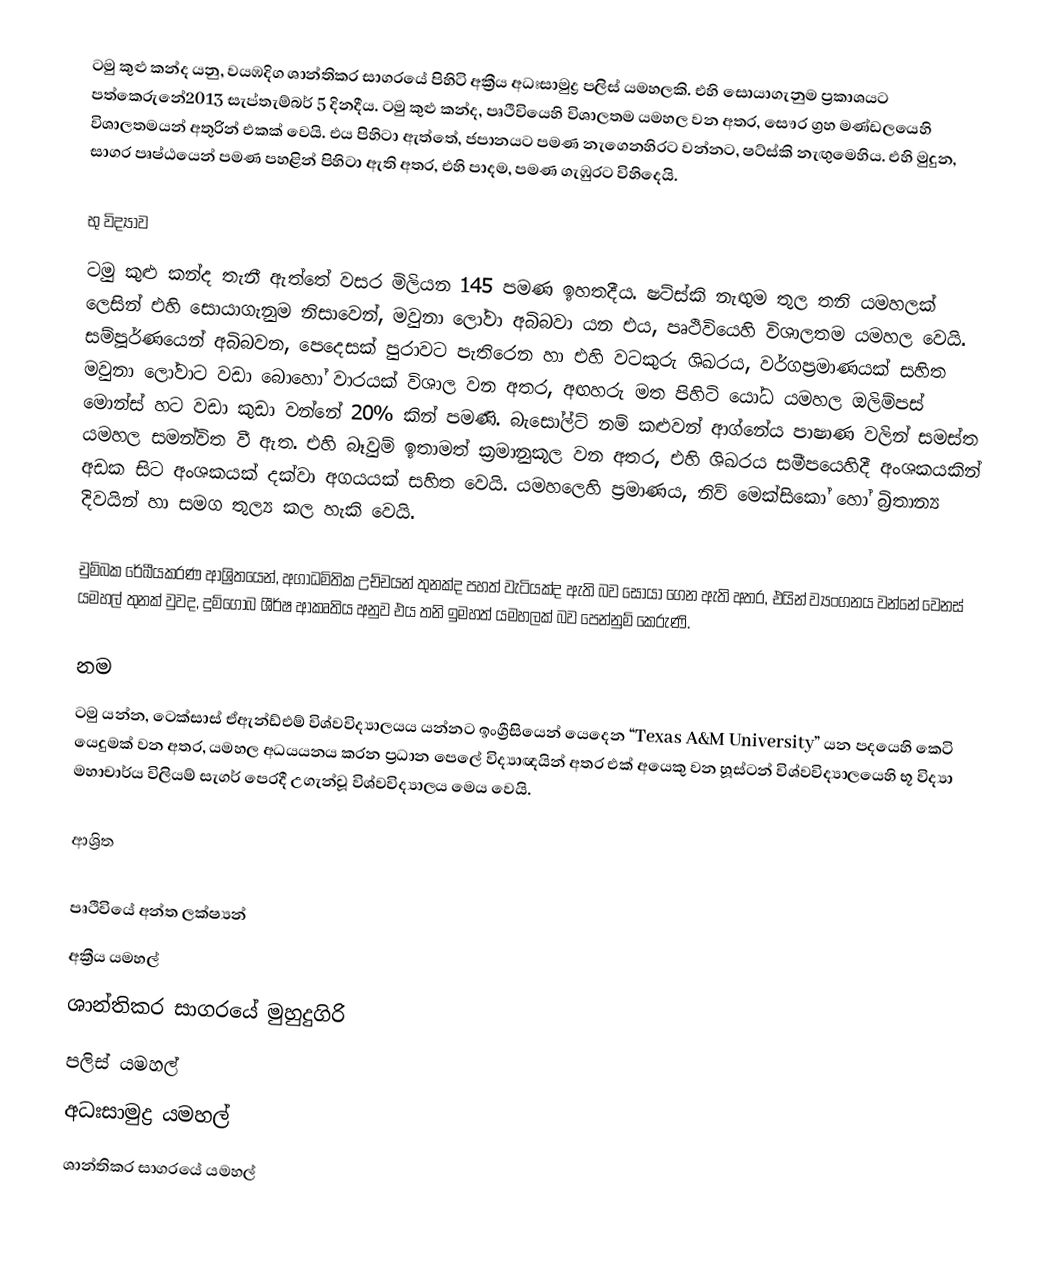
ටමු කුළු කන්ද යනු, වයඹදිග ශාන්තිකර සාගරයේ පිහිටි අක්‍රීය අධඃසාමුද්‍ර  පලිස් යමහලකි.  එහි සොයාගැනුම ප්‍රකාශයට පත්කෙරුනේ2013 සැප්තැම්බර් 5 දිනදීය. ටමු කුළු කන්ද, පෘථිවියෙහි විශාලතම යමහල වන අතර, සෞර ග්‍රහ මණ්ඩලයෙහි විශාලතමයන් අතුරින් එකක් වෙයි.  එය පිහිටා ඇත්තේ,  ජපානයට   පමණ නැගෙනහිරට වන්නට,    ෂට්ස්කි නැඟුමෙහිය. එහි මුදුන, සාගර පෘෂ්ඨයෙන්   පමණ පහළින් පිහිටා ඇති අතර, එහි පාදම,    පමණ ගැඹුරට විහිදෙයි.

භු විද්‍යාව
ටමු කුළු කන්ද තැනී ඇත්තේ වසර මිලියන 145 පමණ ඉහතදීය. ෂට්ස්කි නැඟුම තුල තනි යමහලක් ලෙසින් එහි සොයාගැනුම  නිසාවෙන්,  මවුනා ලෝවා අබිබවා යන එය, පෘථිවියෙහි විශාලතම යමහල වෙයි. සම්පූර්ණයෙන්  අබිබවන,  පෙදෙසක් පුරාවට පැතිරෙන හා එහි  වටකුරු ශිඛරය,   වර්ගප්‍රමාණයක් සහිත මවුනා ලෝවාට වඩා බොහෝ වාරයක් විශාල වන අතර, අඟහරු මත පිහිටි යෝධ යමහල ඔලිම්පස් මොන්ස් හට වඩා කුඩා වන්නේ 20% කින් පමණි. බැසෝල්ට් නම් කළුවන් ආග්නේය පාෂාණ වලින් සමස්ත යමහල සමන්විත වී ඇත. එහි බෑවුම් ඉතාමත් ක්‍රමානුකූල වන අතර,  එහි ශිඛරය සමීපයෙහිදී අංශකයකින් අඩක සිට අංශකයක් දක්වා අගයයක් සහිත වෙයි. යමහලෙහි ප්‍රමාණය,  නිව් මෙක්සිකෝ හෝ බ්‍රිතාන්‍ය දිවයින් හා සමග තුල්‍ය කල හැකි වෙයි.

චුම්බක රේඛීයකරණ ආශ්‍රිතයෙන්, අගාධමිතික උච්චයන් තුනක්ද පහත් වැටියක්ද ඇති බව සොයා ගෙන ඇති අතර, එයින් ව්‍යංගනය වන්නේ වෙනස් යමහල් තුනක් වුවද, දුම්ගොබ ශීර්ෂ ආකෘතිය අනුව එය තනි ඉමහත් යමහලක් බව පෙන්නුම් කෙරුණි.

නම
ටමු යන්න,  ටෙක්සාස් ඒඇන්ඩ්එම් විශ්වවිද්‍යාලයය යන්නට ඉංග්‍රීසියෙන් යෙදෙන “Texas A&M University” යන පදයෙහි කෙටි යෙදුමක්  වන අතර, යමහල අධයයනය කරන ප්‍රධාන පෙලේ විද්‍යාඥයින් අතර එක් අයෙකු වන හූස්ටන් විශ්වවිද්‍යාලයෙහි භූ විද්‍යා මහාචාර්ය විලියම් සැගර් පෙරදී උගැන්වූ විශ්වවිද්‍යාලය මෙය වෙයි.

ආශ්‍රිත

පෘථිවියේ අන්ත ලක්ෂ්‍යන්
අක්‍රීය යමහල්
ශාන්තිකර සාගරයේ මුහුදුගිරි
 පලිස් යමහල්
 අධඃසාමුද්‍ර  යමහල්
ශාන්තිකර සාගරයේ යමහල්